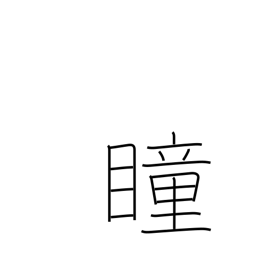
Meaning: pupil (of eye)